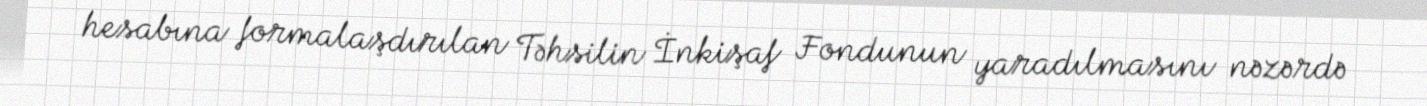
hesabına formalaşdırılan Təhsilin İnkişaf Fondunun yaradılmasını nəzərdə